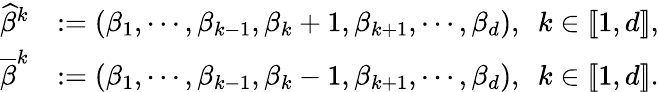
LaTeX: \begin{array}{rl}{\widehat{\beta}^{k}}&{:=(\beta_{1},\cdots,\beta_{k-1},\beta_{k}+1,\beta_{k+1},\cdots,\beta_{d}),\ \ k\in[\! [1,d]\! ],}\\ {\overline{{\beta}}^{k}}&{:=(\beta_{1},\cdots,\beta_{k-1},\beta_{k}-1,\beta_{k+1},\cdots,\beta_{d}),\ \ k\in[\! [1,d]\! ].}\end{array}